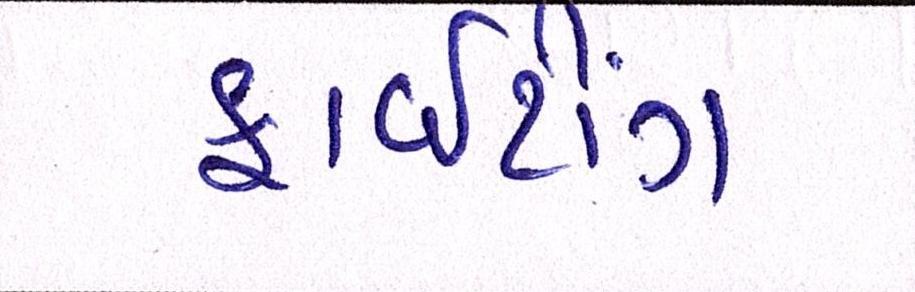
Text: ફાઈટીંગ